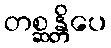
တစ္ဆန္တိပေ